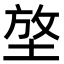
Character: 𡌼